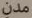
مدن